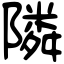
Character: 隣